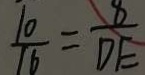
\frac { 1 0 } { 1 6 } = \frac { 8 } { D E }